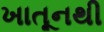
ખાતૂનથી